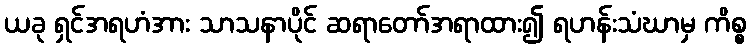
ယခု ရှင်အရဟံအား သာသနာပိုင် ဆရာတော်အရာထား၍ ရဟန်းသံဃာမှ ကိစ္စ